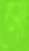
মো